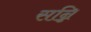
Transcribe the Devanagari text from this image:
सन्नि